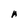
Character: A